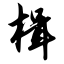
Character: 楫